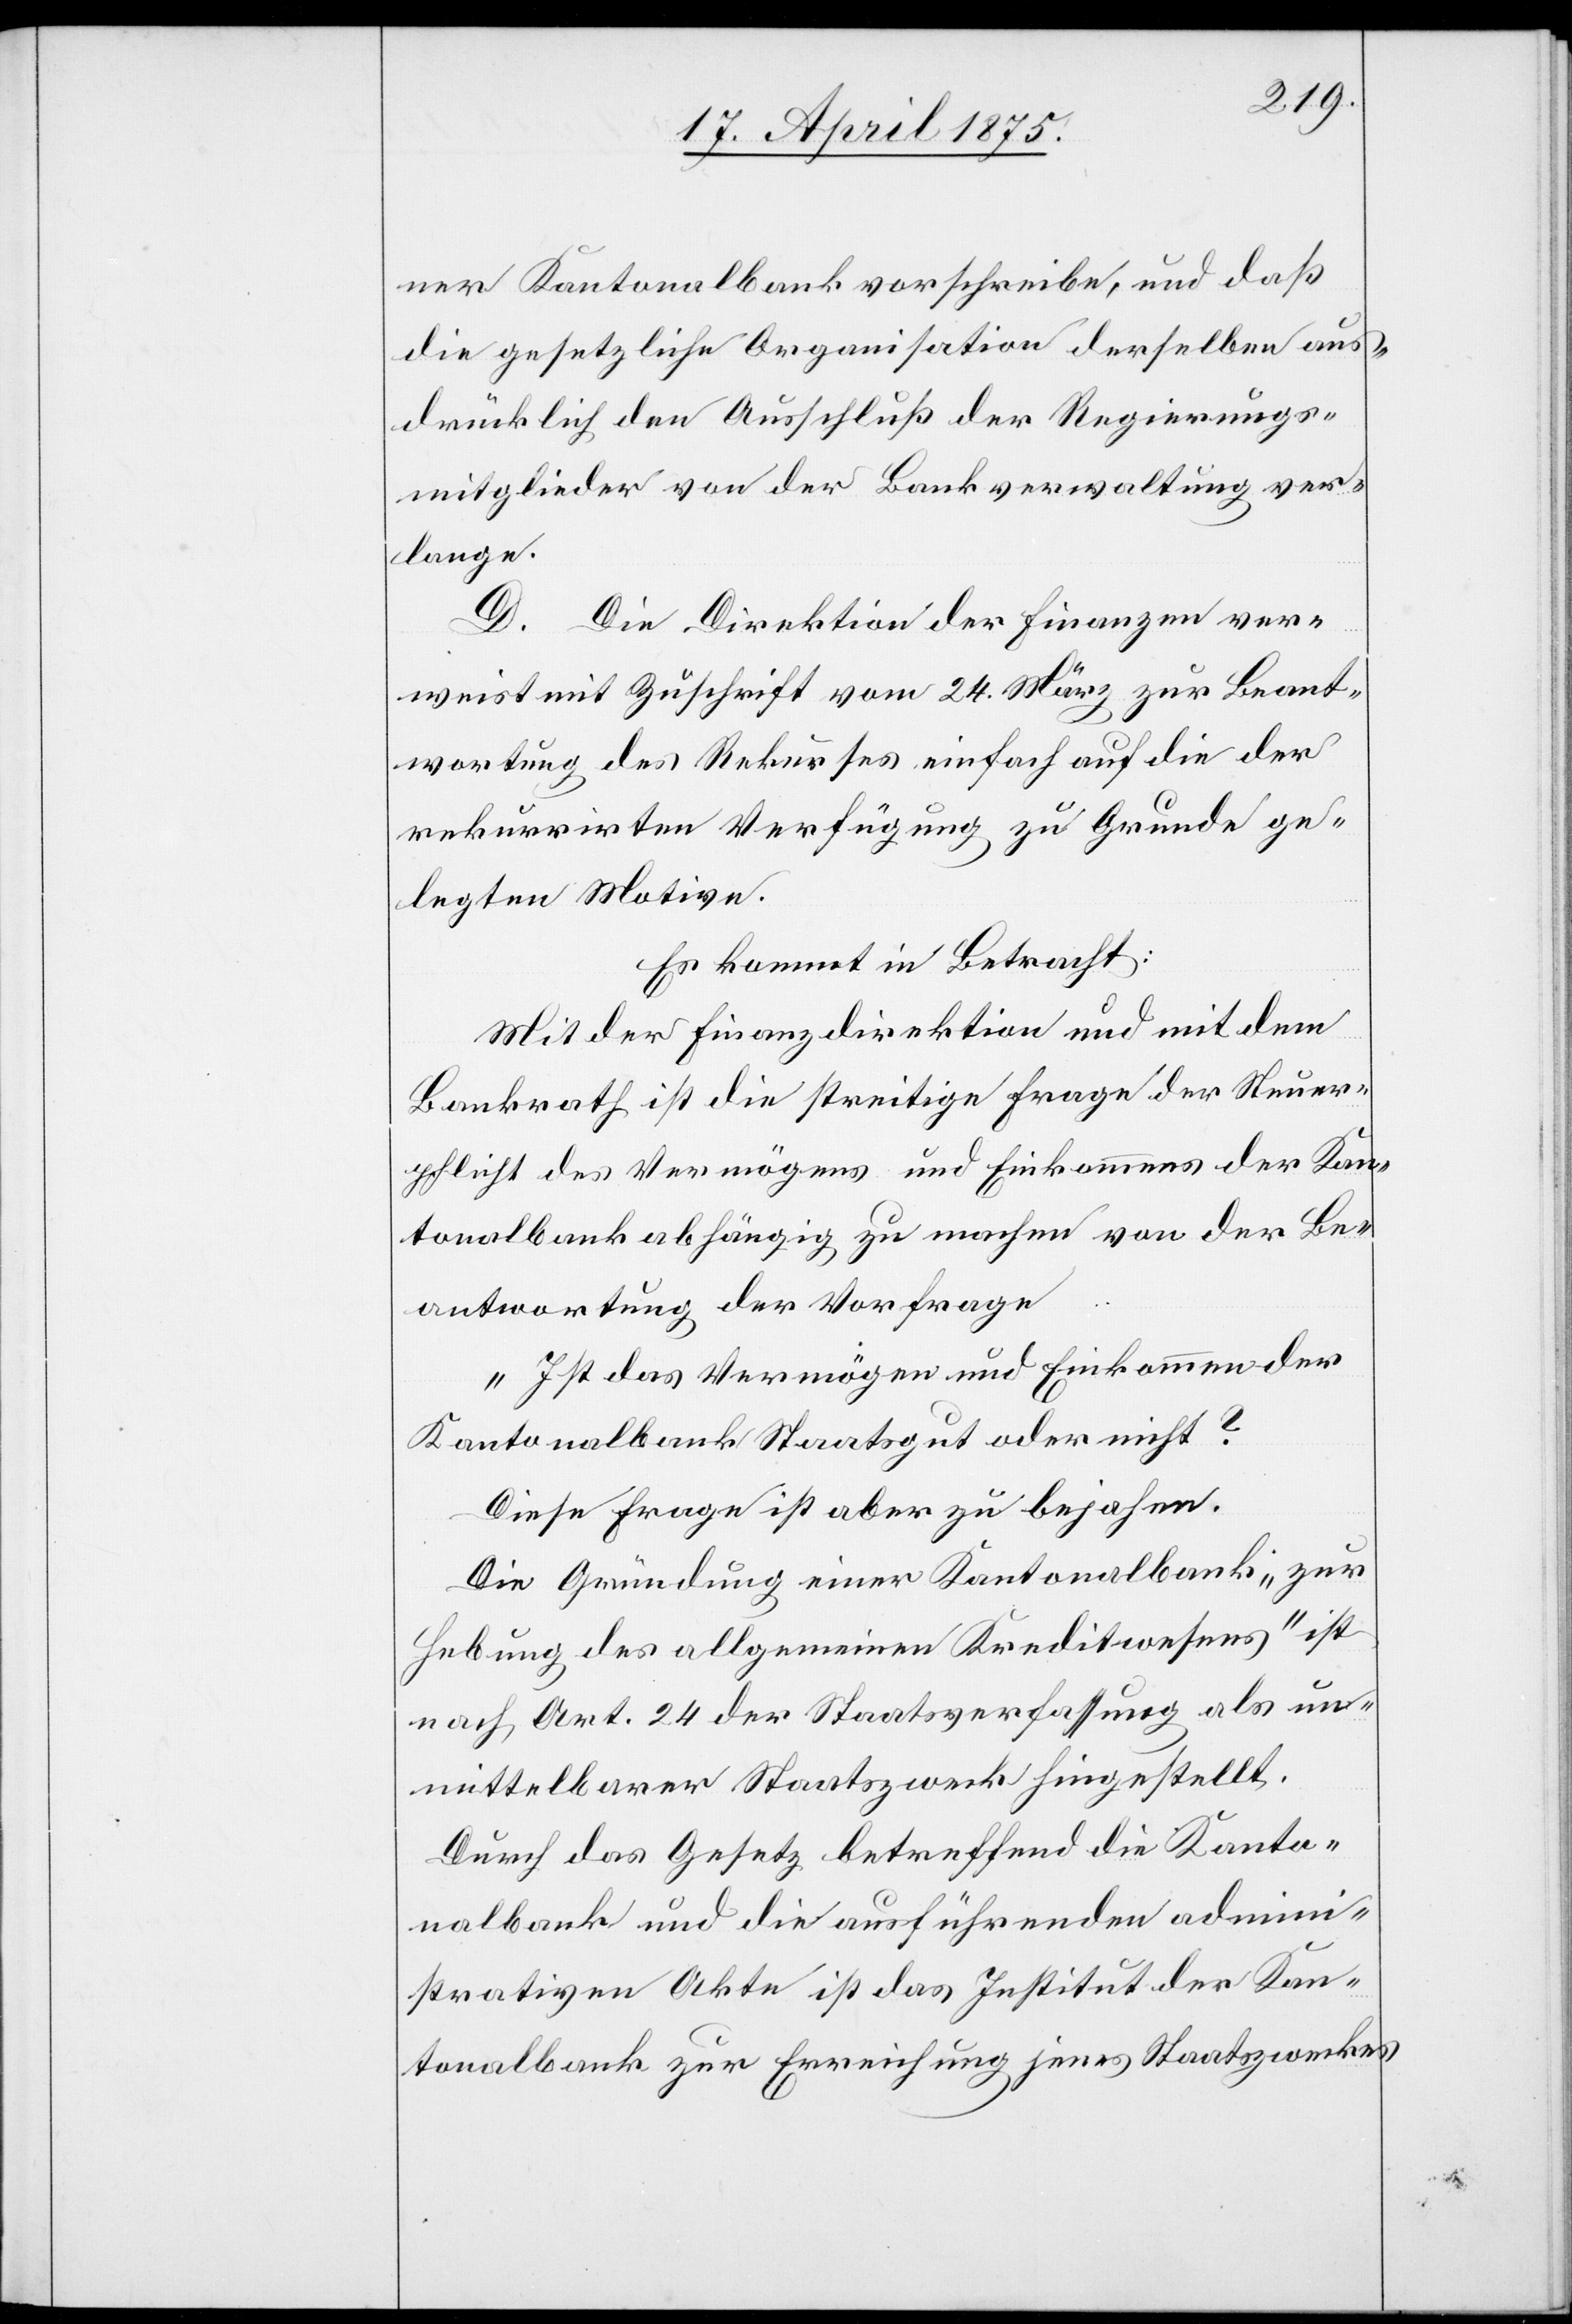
ner Kantonalbank vorschreibe, und daß
die gesetzliche Organisation derselben aus¬
drücklich den Ausschluß der Regierungs¬
mitglieder von der Bankverwaltung ver¬
lange.
D. Die Direktion der Finanzen ver¬
weist mit Zuschrift vom 24. März zur Beant¬
wortung des Rekurses einfach auf die der
rekurrirten Verfügung zu Grunde ge¬
legten Motive.
Es kommt in Betracht:
Mit der Finanzdirektion und mit dem
Bankrath ist die streitige Frage der Steuer¬
pflicht des Vermögens und Einkommens der Kan¬
tonalbank abhängig zu machen von der Be¬
antwortung der Vorfrage.
„Ist das Vermögen und Einkommen der
Kantonalbank Staatsgut oder nicht?“
Diese Frage ist aber zu bejahen.
Die Gründungeiner Kantonalbank „zur
Hebung des allgemeinen Kreditwesens“ ist
nach Art. 24 der Staatsverfassung als un¬
mittelbarer Staatszweck hingestellt.
Durch das Gesetz betreffend die Kanto¬
nalbank und die ausführenden admini¬
strativen Akte ist das Institut der Kan¬
tonalbank zur Erreichung jenes Staatszweckes